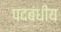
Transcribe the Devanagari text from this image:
पदबंधीय